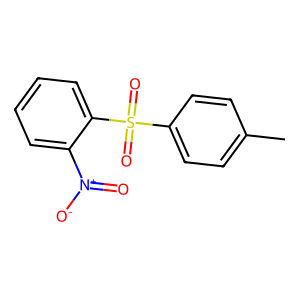
SMILES: Cc1ccc(S(=O)(=O)c2ccccc2[N+](=O)[O-])cc1
Inhibits HIV replication: Yes